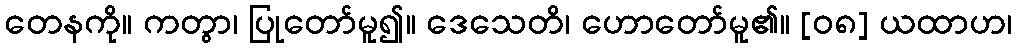
တေနကို။ ကတွာ၊ ပြုတော်မူ၍။ ဒေသေတိ၊ ဟောတော်မူ၏။ [၀၈] ယထာဟ၊